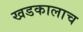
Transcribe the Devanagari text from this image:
खडकालाच